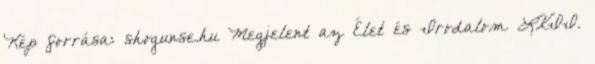
Kép forrása: shogunse.hu Megjelent az Élet és Irodalom LXII.